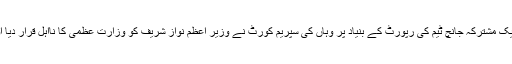
تازہ معاملہ پاکستان میں پیش آیا تھا جب ایک مشترکہ جانچ ٹیم کی رپورٹ کے بنیاد پر وہاں کی سپریم کورٹ نے وزیر اعظم نواز شریف کو وزارت عظمیٰ کا نااہل قرار دیا اور انھیں اپنے عہدے سے استعفیٰ دینا پڑا۔